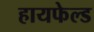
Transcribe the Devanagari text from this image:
हायफेल्ड